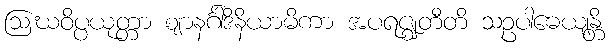
ဩဃဝိပ္ပယုတ္တာ ဈာနင်္ဂါဒိနိယာမိကာ အပရဇ္ဈတီတိ သဥပါဓေယျန္တိ